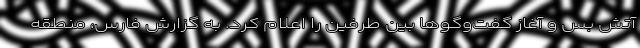
آتش بس و آغاز گفت‌وگوها بین طرفین را اعلام کرد. به گزارش فارس، منطقه